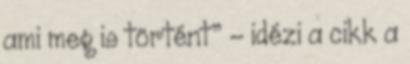
ami meg is történt” – idézi a cikk a